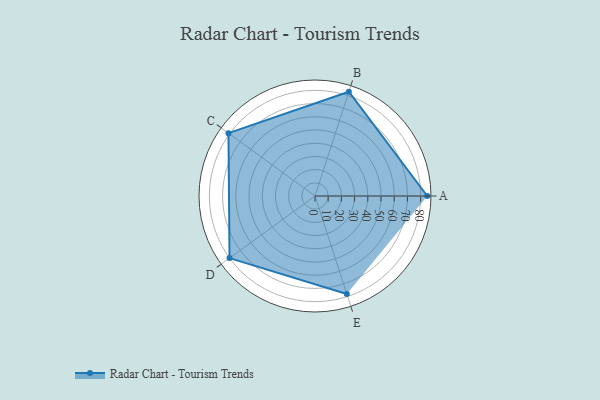
{"axis": {"x": "Skill", "y": "Score"}, "legend": ["Profile"], "data": [{"x": "A", "y": 85.0, "type": "Profile"}, {"x": "B", "y": 83.0, "type": "Profile"}, {"x": "C", "y": 81.0, "type": "Profile"}, {"x": "D", "y": 80.0, "type": "Profile"}, {"x": "E", "y": 78.0, "type": "Profile"}]}